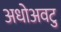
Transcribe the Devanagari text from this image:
अधोअवटु